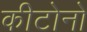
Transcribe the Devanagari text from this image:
कीटोनो